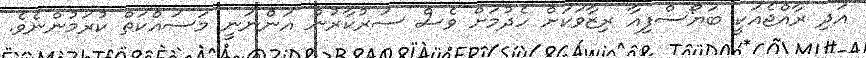
އަދި ރާއްޖެއަކީ ބަޔޯސްފިއާ ރިޒާވަކަށް ހެދުމަށް ވެސް ސަރުކާރުން އަންނަނީ މަސައްކަތް ކުރަމުންނެވެ.